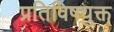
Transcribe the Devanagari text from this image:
प्रतिविषयुक्त